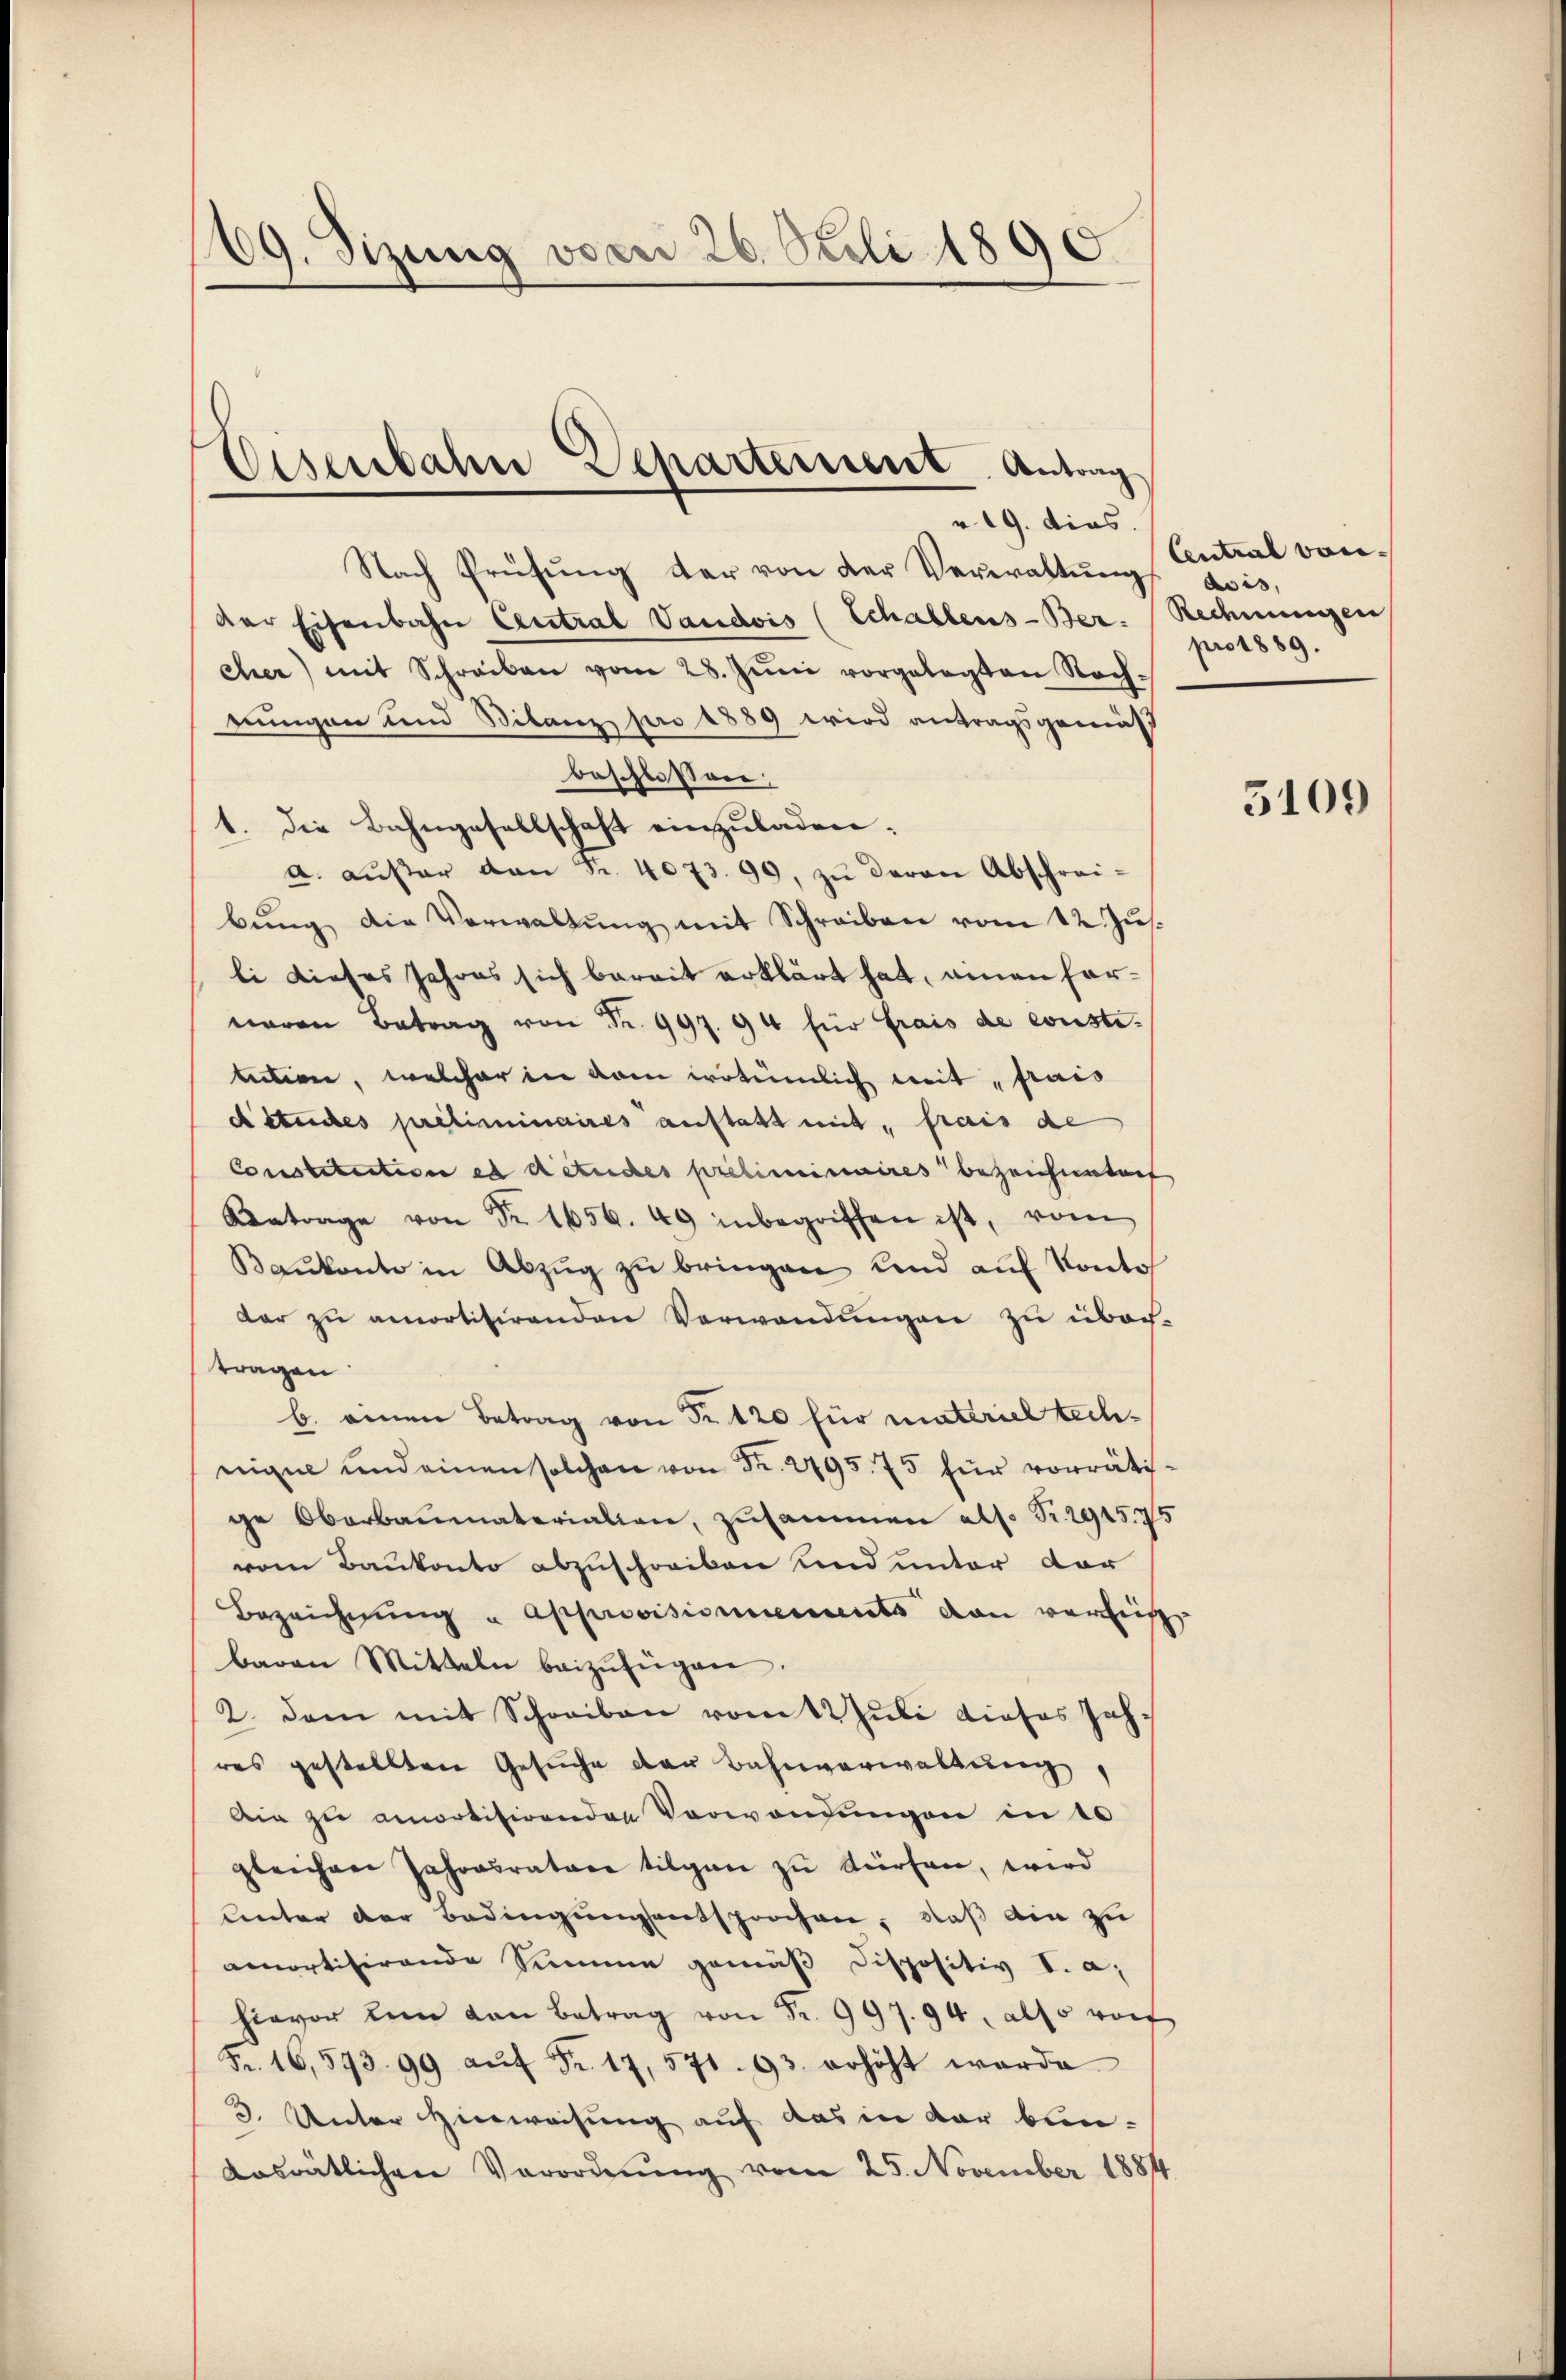
69. Sizung vom 26. Octli 1890.

Eisenbahne Departement Antrag
v. 19. dies

Nach Prüfŭng der von der Verwaltŭng
der Eisenbahn Central Vaudois (Schallens-Ber. Rechnungen
cher) mit Schreiben vom 28. Jŭni vorgelegten Nach-
nungen und Bilanz pro 1889 wird antragsgemäß
beschlossen:
1. Die Bahngesellschaft einzuladen.
a. aŭβer dan Fr. 4073. 99, zu daran Abschreibung die Verwaltung mit Schreiben vom 12 Ju.
li dieses Jahres sich bereit erklärt hat, einen fornaren Betrag von Fr. 997. 94 für frais de constituitien, welcher in dem irrtümlich weit frais
dstuches préliminaires anstatt mit, frais de
Constitution es detuches préliminaires bezeichneten
Antrage von Fr. 1656. 49 inbegriffen ist, vom
Baukonte in Abzug zu bringen und auf Konto
dar zu amortisirenden Verwendungen zu übertragen.
b. einen Betrag von Fr. 120 für materiel technige und einen solchen von Fr. 2795. 75 für vorrätisge Oberbaumaterialien, zusammen als. Pr. 291575
vom Baukonto abzuschreiben und unter dar
Bezeichnung u Approvisionnements dan verheis
baren Mitteln beizufügen
2. den mit Schreiben vom t Juli dieses Jahres gestellten Gesŭche der Bahnverwaltung,
Ain zu amortisirenden Verwendungen in 10
gleichen Jahresratare tilgen zu dürfen, wird
unter der Bedingung entsprochen, daß ein zu
amortisirende Summe gemäß Dispositiv V. a.
hievor den von Betrag von Fr. 997. 94 also vorf
Fr. 16,573. 99 aŭf Fr. 17,571. 93. erhöht werde.
3. Unter Hinweisung auf das in der bein-
dosrätlichen Verordnung vom 25. November 1884

Central von
asis,
pro 1889.

3109